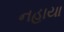
નહાયા